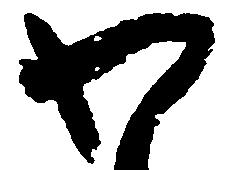
わ